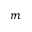
m